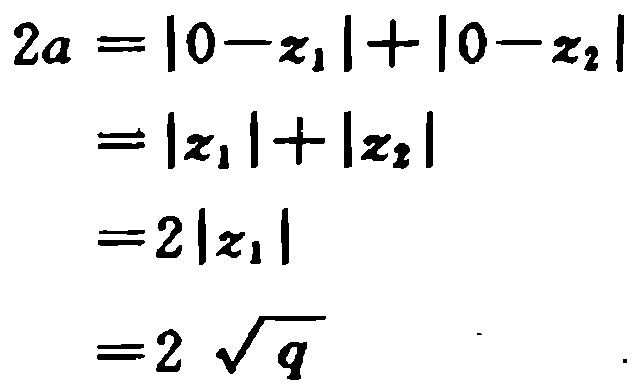
\[
\begin{align*}
2a&=|0 - z_1|+|0 - z_2|\\
&=|z_1|+|z_2|\\
&=2|z_1|\\
&=2\sqrt{q}
\end{align*}
\]